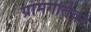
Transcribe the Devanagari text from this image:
ग्रामगीतेवर